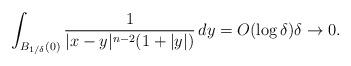
LaTeX: \begin{align*} \int_{B_{1/\delta}(0)} \frac{1}{|x-y|^{n-2}(1+|y|)}\, dy=O(\log \delta) \delta\to 0. \end{align*}